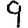
Digit: 9